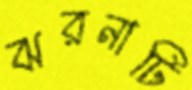
ঝরনাটি